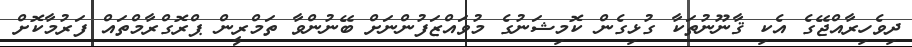
ދިވެހިރާއްޖޭގެ އެކި ޤާނޫނުތަކާ ގުޅިގެން ކޮމިޝަނުގެ މުވައްޒަފުންނަށް ބޭނުންވާ ތަމްރީން ޕްރޮގްރާމްތައް ފަރުމާކޮށް